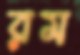
রম